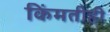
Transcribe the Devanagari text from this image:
किंमतीही